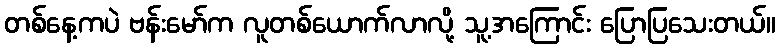
တစ်နေ့ကပဲ ဗန်းမော်က လူတစ်ယောက်လာလို့ သူ့အကြောင်း ပြောပြသေးတယ်။